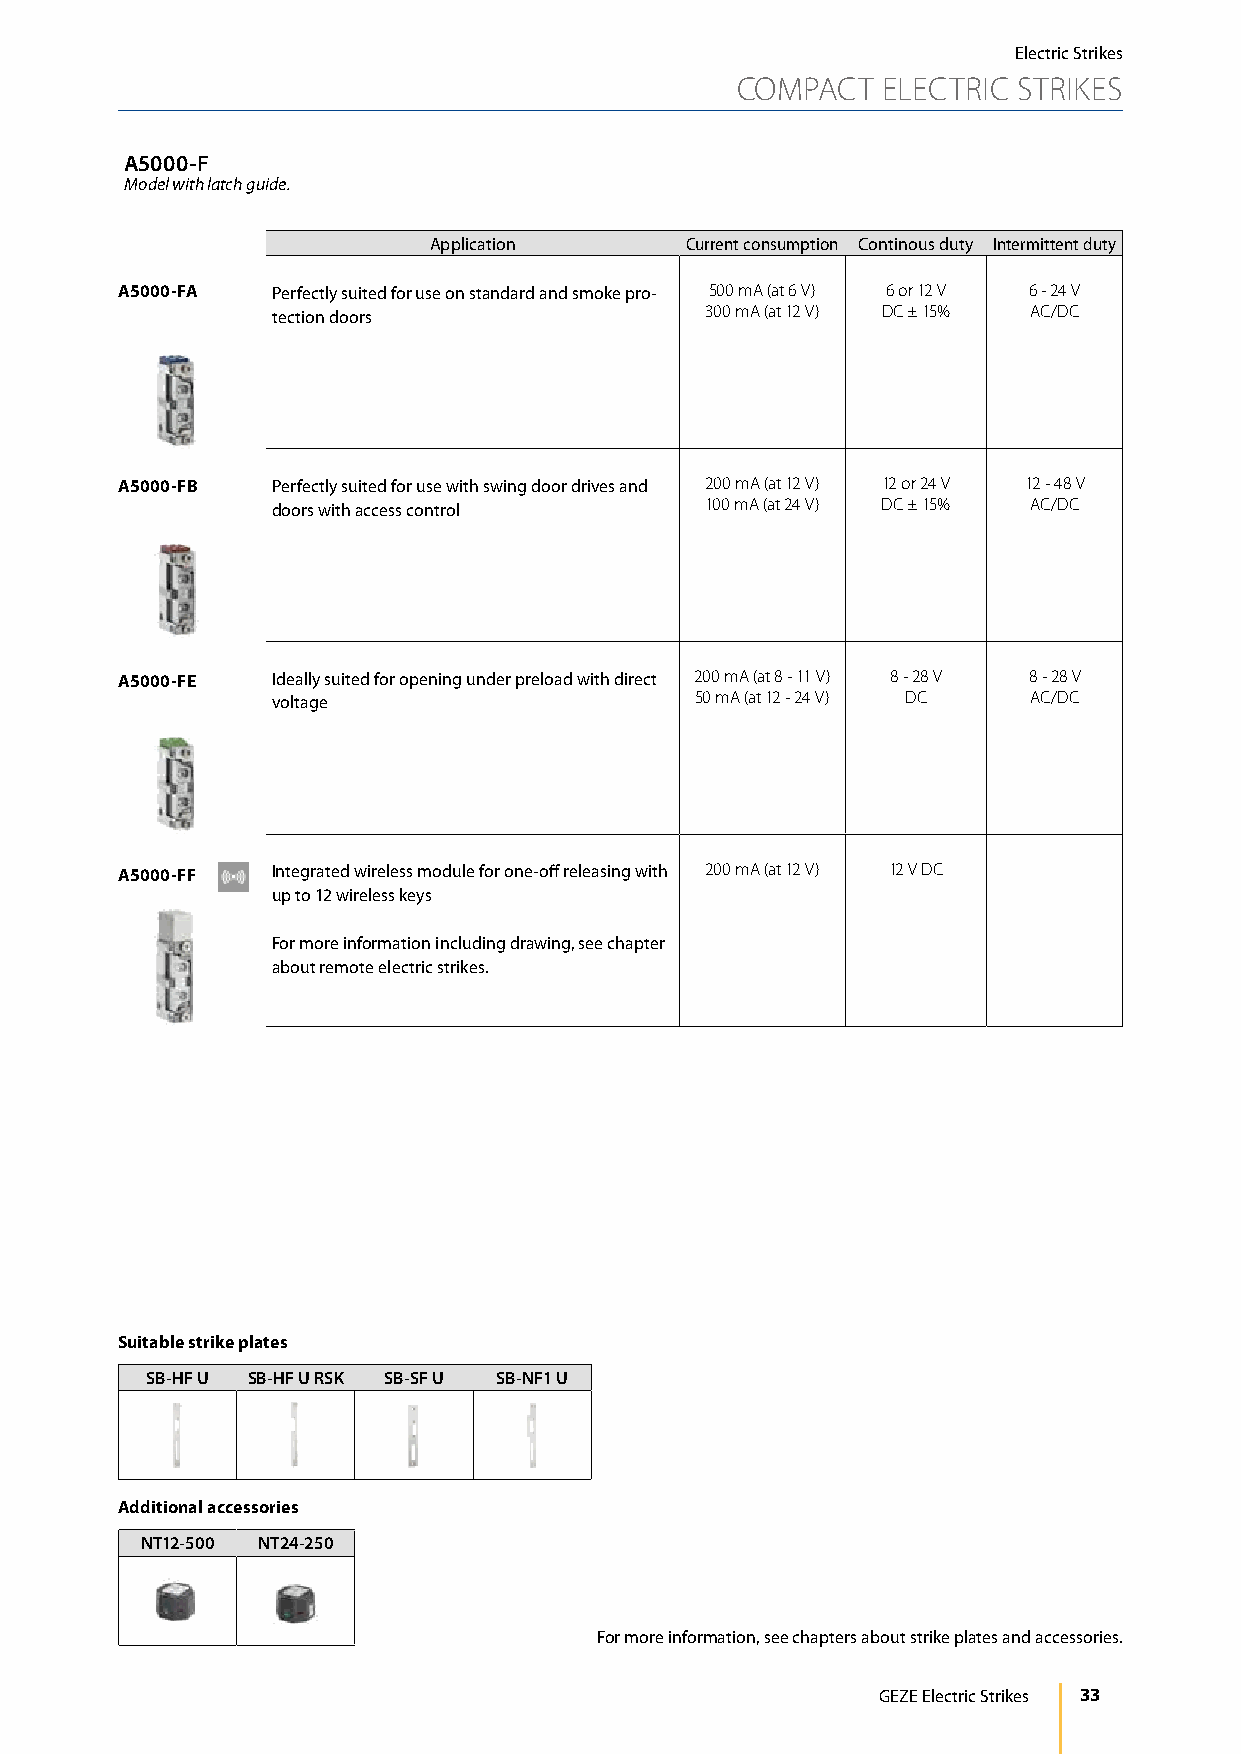
Electric Strikes
 COMPACT  ELECTRIC STRIKES
 A5000-F
 Model with latch guide.
 Application      Current consumption Continous duty Intermittent duty
 A5000-FA  Perfectly suited for use on standard and smoke pro- 500 mA (at 6 V) 6 or 12 V 6 - 24 V
 tection doors                300 mA (at 12 V) DC ± 15% AC/DC
 A5000-FB  Perfectly suited for use with swing door drives and 200 mA (at 12 V) 12 or 24 V 12 - 48 V
 doors with access control    100 mA (at 24 V) DC ± 15% AC/DC
 A5000-FE  Ideally suited for opening under preload with direct 200 mA (at 8 - 11 V) 8 - 28 V 8 - 28 V
 voltage                     50 mA (at 12 - 24 V) DC AC/DC
 A5000-FF  Integrated wireless module for one-off releasing with 200 mA (at 12 V) 12 V DC
 up to 12 wireless keys
 For more information including drawing, see chapter
 about remote electric strikes.
 Suitable strike plates
 SB-HF U SB-HF U RSK SB-SF U SB-NF1 U
 Additional accessories
 NT12-500 NT24-250
 For more information, see chapters about strike plates and accessories.
 GEZE Electric Strikes 33